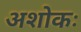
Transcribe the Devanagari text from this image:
अशोकः